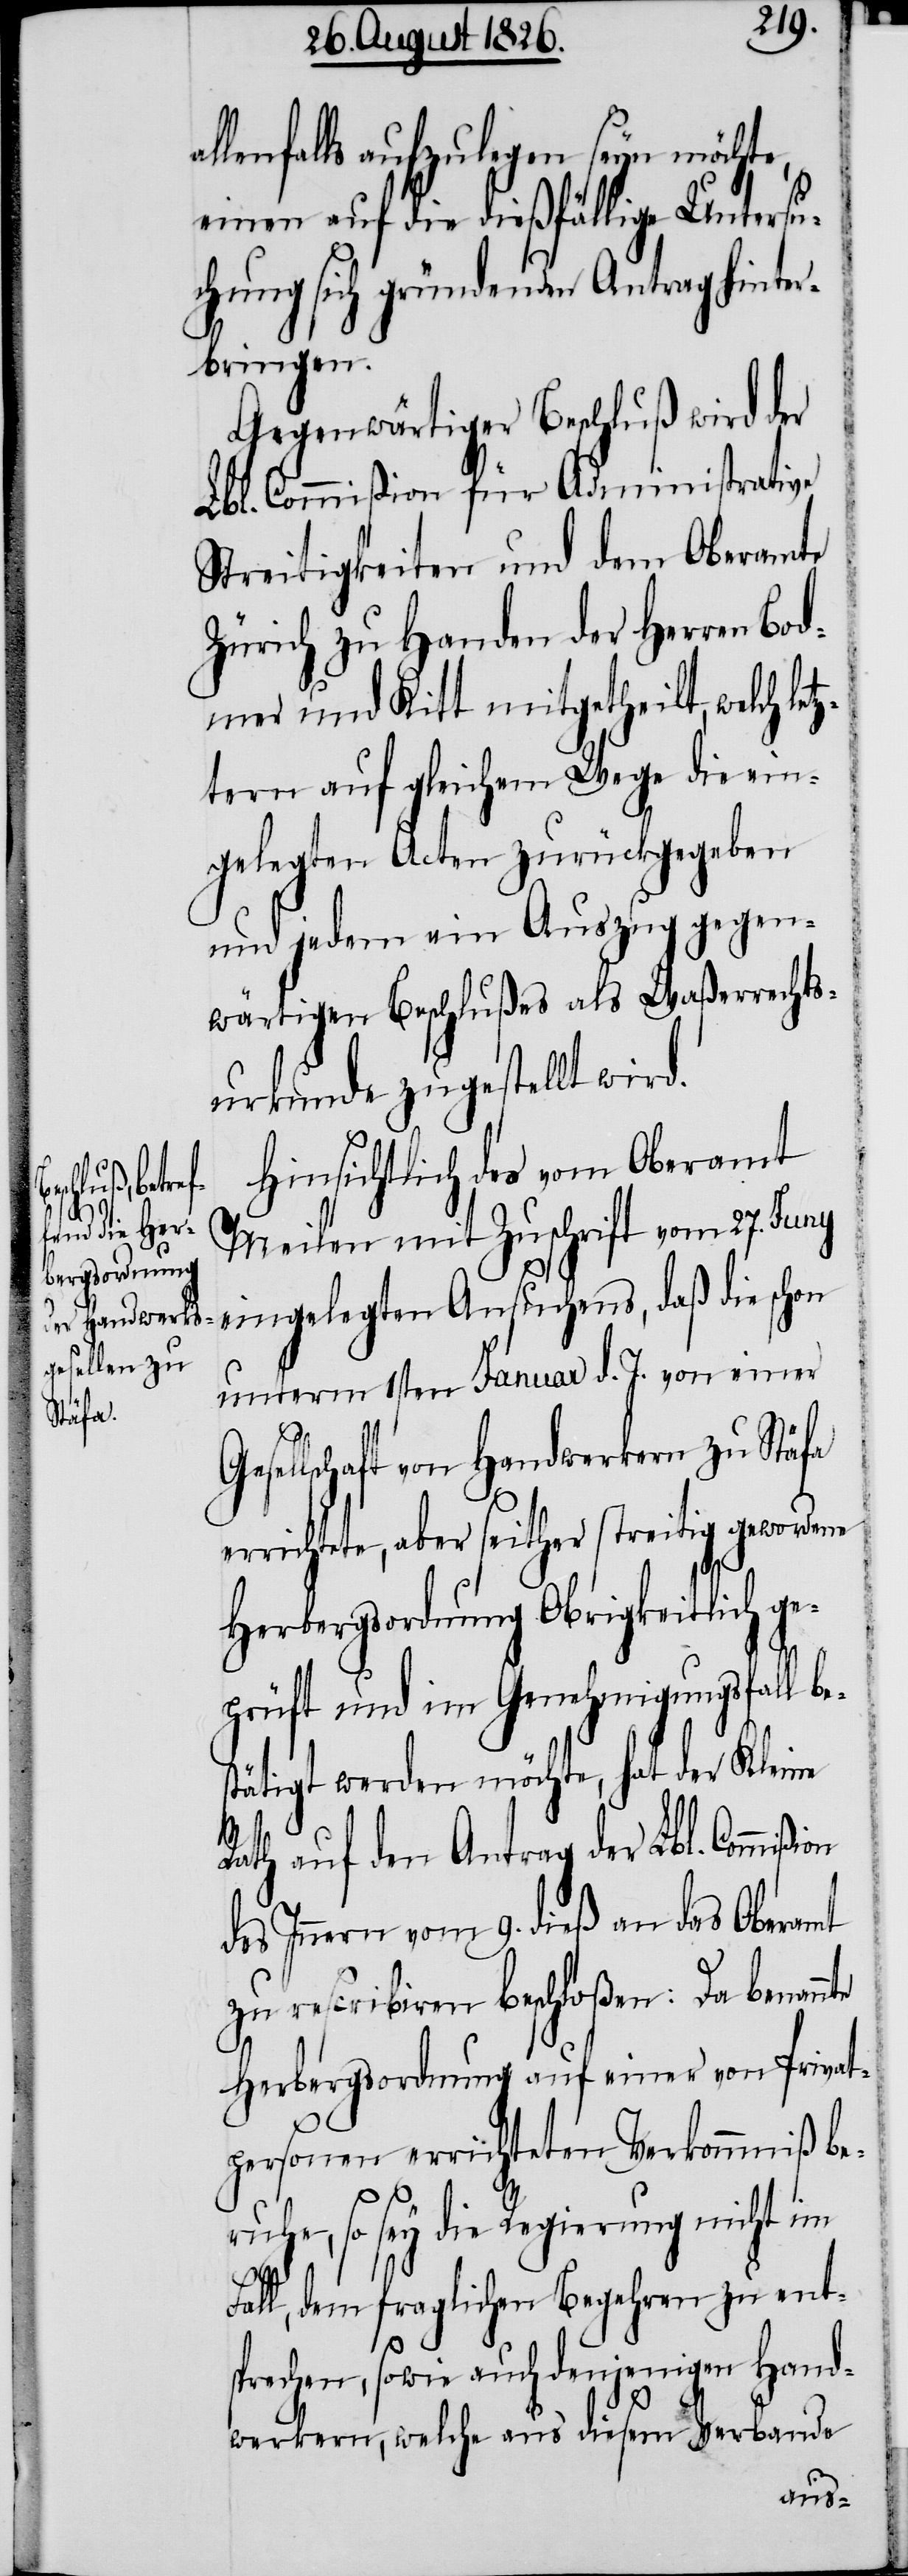
h letz¬

lenfalls aufzulegen seyn möchte,
einen auf die dießfällige Untersu¬
chung gründenden Antrag hinter¬
bringen.
Gegenwärtiger Beschluß wird der
Lbl. Commißion für Administrative
Streitigkeiten und dem Oberamte
Zürich zu Handen der Herren Bod¬
mer und Kitt mitgetheilt, welc¬
tern auf gleichem Wege die ein¬
gelegten Acten zurückgegeben
und jedem ein Auszug gegen¬
wärtigen Beschlußes als Waßerrechts¬
urkunde zugestellt wird.
Hinsichtlich des vom Oberamt
Meilen mit Zuschrift vom 27. Juny
eingelegten Ansuchens, daß die schon
unterm 1sten Januar d. J. von einer
sellschaft von Handwerkern zu Stäfa
errichtete, aber seither streitig gewordene
Herbergsordnung Obrigkeitlich ge¬
prüft und im Genehmigungsfall be¬
stätigt werden möchte, hat der Kleine
Rath auf den Antrag der Lbl. Commi¬
des Innern vom 9. dieß an das Oberamt
zu rescribiren beschloßen: Da benann¬
Herbergsordnung auf einer von Privat¬
personen errichteten Verkommniß be¬
uhe, so sey die Regierung nicht im
Fall, dem fraglichen Begehren zu ents¬
prechen, sowie auch denjenigen Hand¬
werkern, welche aus diesem Verbande

r¬